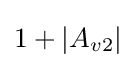
1+|A_{v2}|